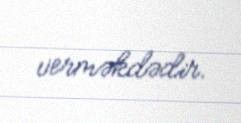
verməkdədir.